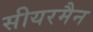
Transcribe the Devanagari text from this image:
सीयरमैन